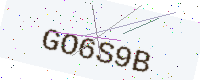
Text: GO6S9B